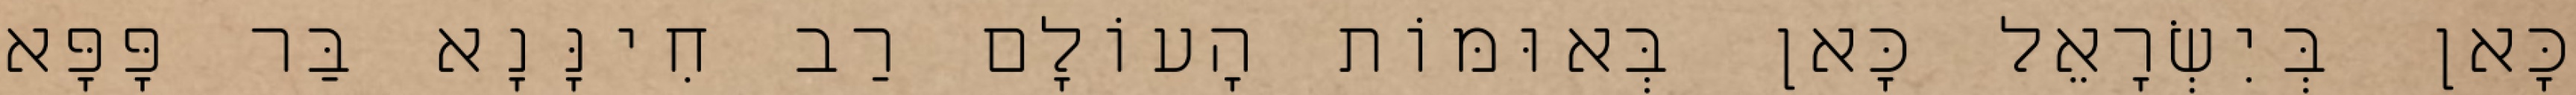
כָּאן בְּיִשְׂרָאֵל כָּאן בְּאוּמּוֹת הָעוֹלָם רַב חִינָּנָא בַּר פָּפָּא